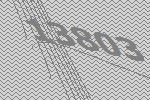
13803